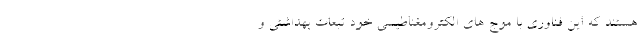
هستند که این فناوری با موج های الکترومغناطیسی خود تبعات بهداشتی و